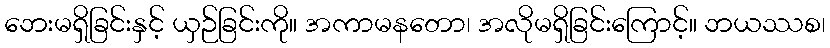
ဘေးမရှိခြင်းနှင့် ယှဉ်ခြင်းကို။ အကာမနတော၊ အလိုမရှိခြင်းကြောင့်။ ဘယဿစ၊